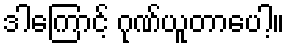
ဒါကြောင့် ဂုဏ်ယူတာပေါ့။